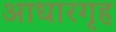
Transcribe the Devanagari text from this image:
आधारगृह